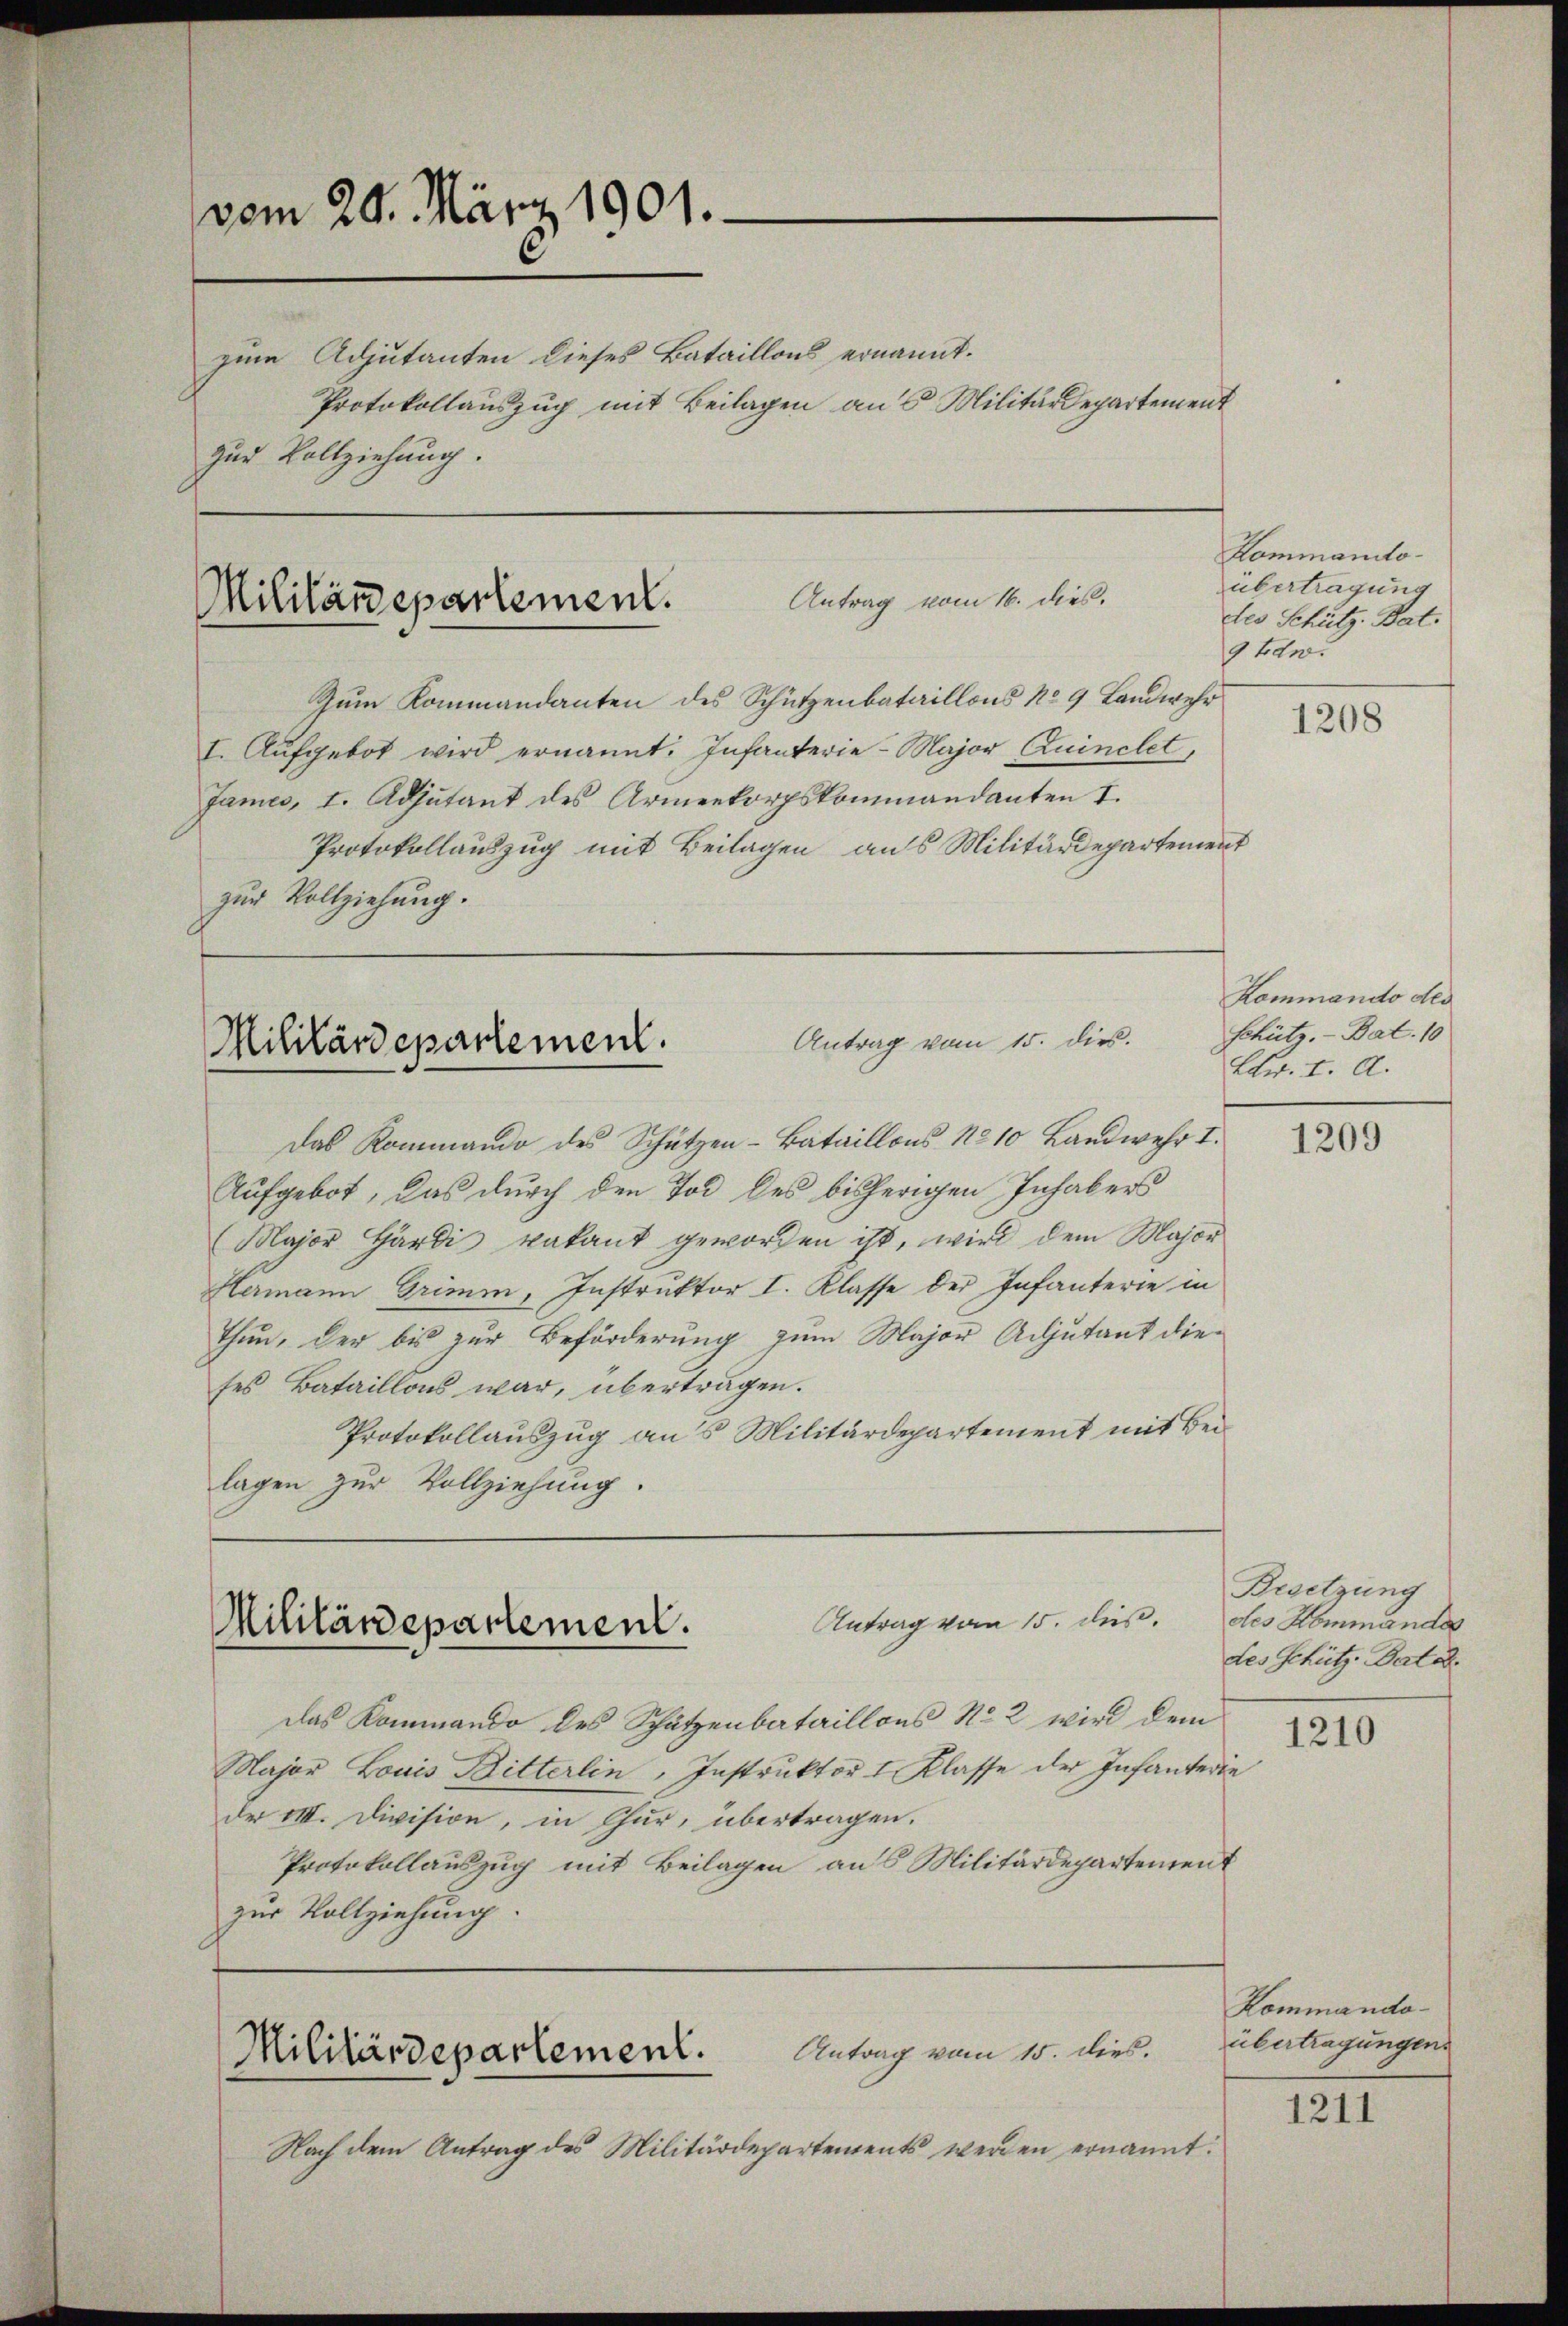
vom 20. März 1901.
zum Adjutanten dieses Bataillons ernannt.
Protokollauszug mit Beilagen aus Militärdepartement
zur Vollziehung.

Antrag vom 16. dieß.
Militärdepartement.
Zum Kommandanten des Schützenbataillons No 9 Landwehr

Antrag vom 15. dies.
Militärdepartement.

I. Aufgebot wird ernannt. Infanterie-Major Quinclet,
James, I. Adjutant des Armenkorpskommandanten I.
Protokollauszug mit Beilagen aus Militärdepartement
zur Vollziehung.

Antrag vom 15. dies.
Militärdepartement.

Das Kommando des Schützen-Bataillons No 10 Landwehr I.
Aufgebot, das durch den Tod des bisherigen Inhabers
Blajor Hardi vakant geworden ist, wird dem Major
Hermann Grimm, Instruktor I. Klasse der Infanterie in
Thun, der bis zur Beförderung zum Major Adjutant dieses Bataillons war, übertragen.
Protokollauszug ans Militärdepartement mit Beilagen zur Vollziehung.
Antrag vom 15. dus.
Militärdepartement.

Das Kommando des Schätzenbataillons No 2 wird dem
Major Louis Bitterlin, Instruktor 1 Klasse der Infanterie
der III. Division, in Chur, übertragen.
Protokollauszug mit Beilagen aus Militärdepartement
zur Vollziehung.

Nach dem Antrag des Militärdepartements werden ernannt.

Kommanitoübertragung
des Schütz- Bat.
9 Edw.

1208

Kommando des
Schütz.- Bat. 10
Ltr. I. A.

1209

Besetzung
des Kommandes
des Schütz-Dat ode
1210

Kommando-
übertragungen

1211